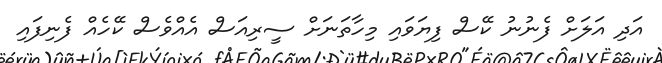
އަދި އަލަށް ފެނުނު ކޭސް ފިޔަވައި މިހާތަނަށް ސީރިއަސް އެއްވެސް ކޭހެއް ފެނިފައި